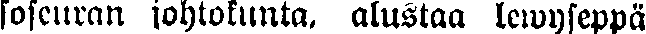
soseuran johtokunta, alustaa lewyseppä